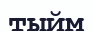
тыйм